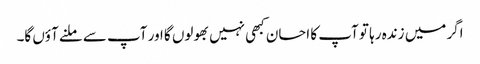
اگر میں زندہ رہا تو آپ کا احسان کبھی نہیں بھولوں گا اور آپ سے ملنے آؤں گا۔